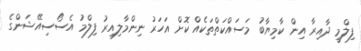
ފިލްމީ ދާއިރާ އިން ކާމިޔާބު މަސައްކަތްތަކެއް ކޮށް އަހަރު ނިންމާލިއިރު ފިލްމު އެސޯސިއޭޝަންގެ